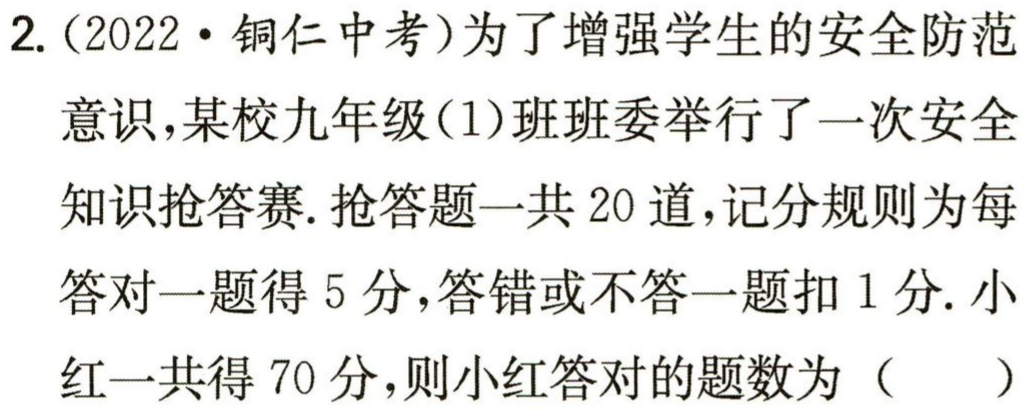
2.（2022·铜仁中考）为了增强学生的安全防范意识，某校九年级(1)班班委举行了一次安全知识抢答赛. 抢答题一共20道，记分规则为每答对一题得5分，答错或不答一题扣1分. 小红一共得70分，则小红答对的题数为（  ）